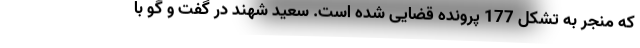
که منجر به تشکل 177 پرونده قضایی شده است. سعید شهند در گفت و گو با